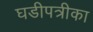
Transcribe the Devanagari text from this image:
घडीपत्रीका